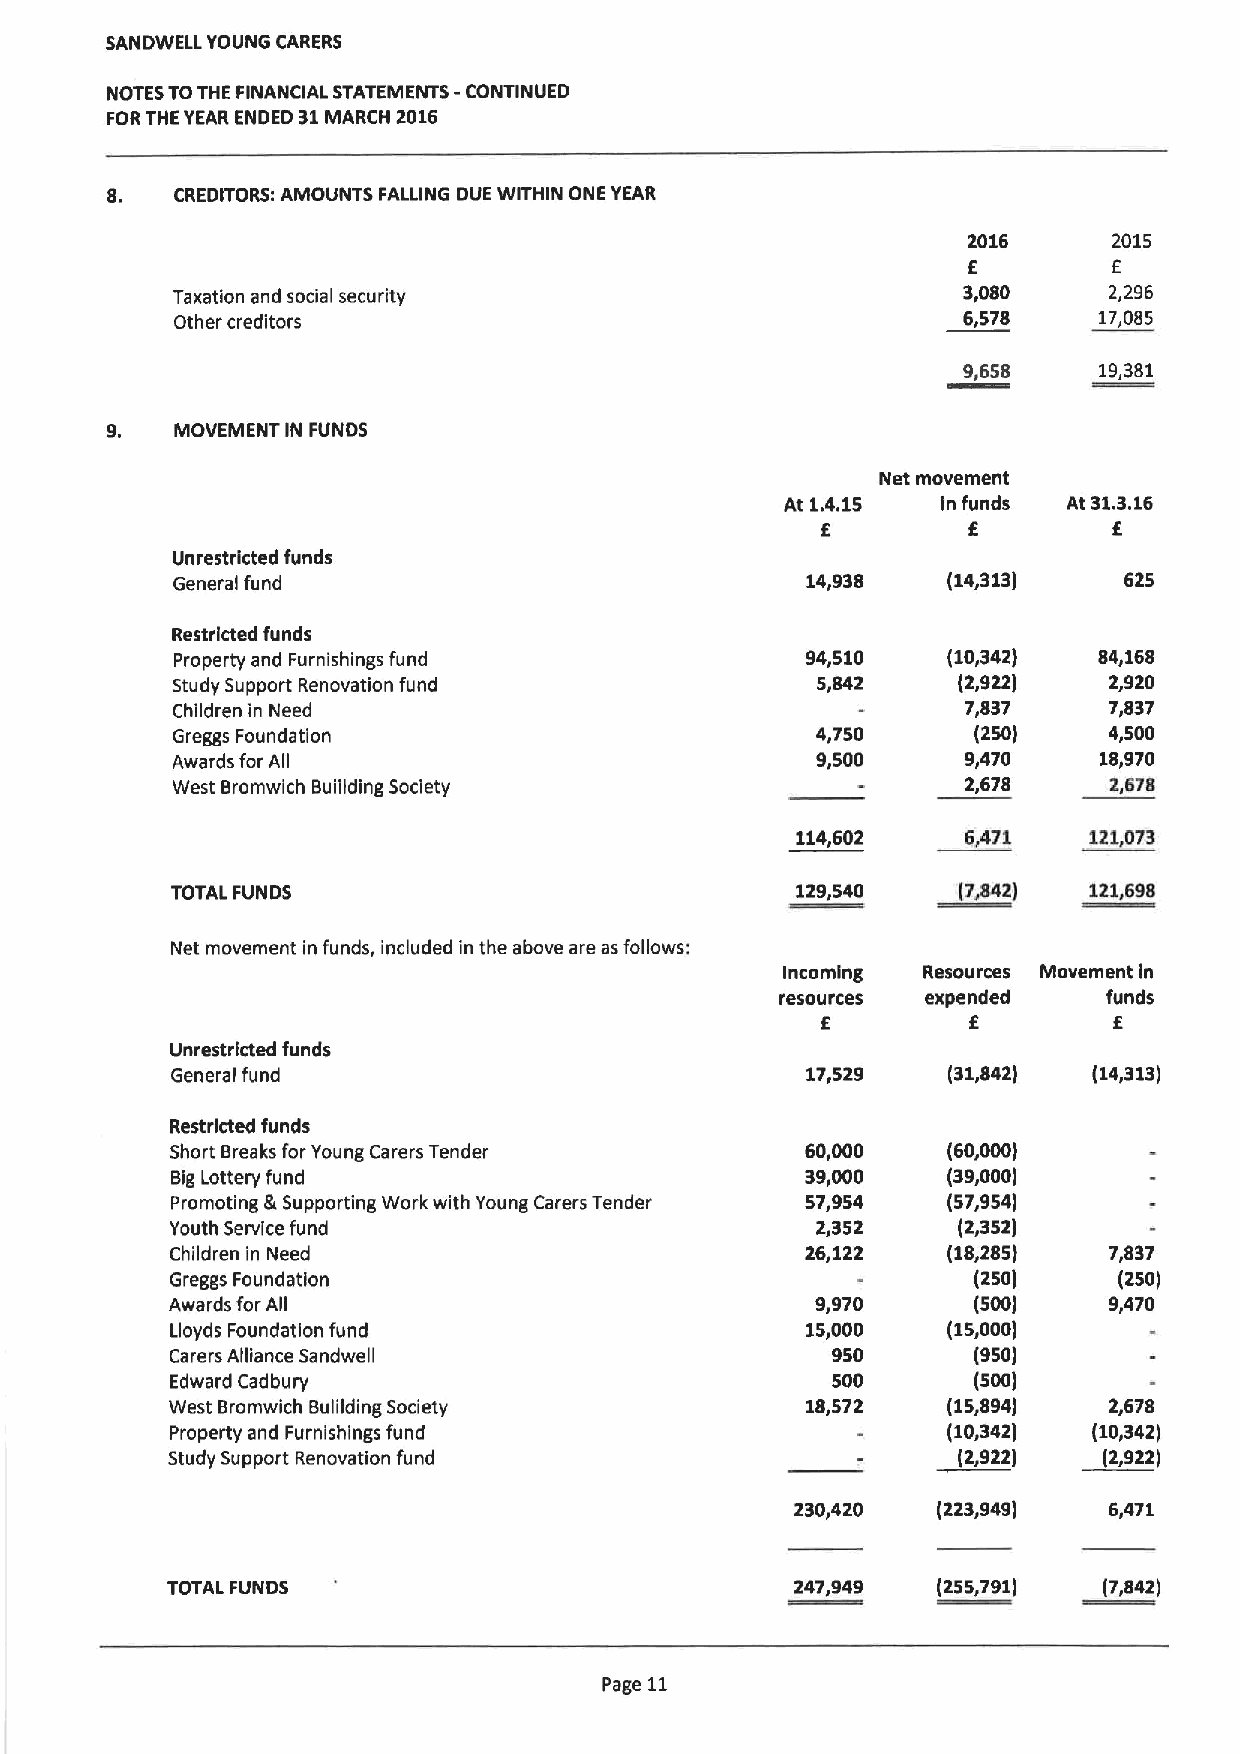
SANDWELL YOUNG CARERS
 -
 NOTES TOTHE FINANCIAL STATEMENTS CONTINUED
 FORTHEYEAR ENDED 31MARCH 2016
 8.   CREDITORS'.AMOUNTS FALLING DUE WITHIN ONE YEAR
 2016      2015
 f
 E
 Taxation and social security                         3,080    2,296
 Other creditors                                     6,578    17,085
 9,658    19,381
 9.   MOVEMENT IN FUNDS
 Net movement
 At 1.4.15 in funds At 31.3.16
 f
 E         E
 Unrestricted funds
 General fund                              14,938    (14,313)   625
 Restricted funds
 Property and Furnishings fund            94,510    (10,342)  84,168
 Study Support Renovation fund              5,842    (2,922)   2,920
 Children in Need                                     7,837    7,837
 Greggs Foundation                          4,750      (250)   4,500
 Awards for All                             9,500     9,470    18,970
 West Bromwlch Buiilding Society                      2,678    2,67$
 114,602    6/71    121,073
 TOTAL FUNDS                               129,540   (7,842)  121,698
 Net movement in funds, included in the above are as follows:
 Incoming Resources Movement in
 resources expended   funds
 f
 E                   E
 Unrestricted funds
 General fund                              17,529    (31,842) (14,313)
 Restricted funds
 Short Breaks for Young Carers Tender      60,000    (60,000)
 Big Lottery fund                          39,000    (39,000)
 Promoting &Supporting Work with Young Carers Tender 57,954 (57,954)
 Youth Service fund                         2,352    (2,352)
 Children in Need                          26,122    (18,285)  7,837
 Greggs Foundation                                    (250)     (250)
 Awards for All                             9,970     (500)    9,470
 Lloyds Foundation fund                    15,000    (15,000)
 Carers Alliance Sandwell                    950      (950)
 Edward Cadbury                              500      (500)
 West Bromwich Bulilding Society           18,572    (15,894)  2,678
 Property and Furnishings fund                       (10,342) (10,342)
 Study Support Renovation fund                       (2,922)   (2,922)
 230,420  (223,949)  6,471
 TOTALFUNDS                                247,949  (255,791)  (7,842)
 Page 11